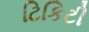
ટિકિટી